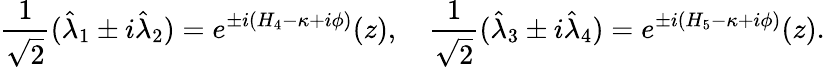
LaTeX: {\frac{1}{\sqrt{2}}}(\hat{\lambda}_{1}\pm i\hat{\lambda}_{2})=e^{\pm i(H_{4}-\kappa+i\phi)}(z),\quad{\frac{1}{\sqrt{2}}}(\hat{\lambda}_{3}\pm i\hat{\lambda}_{4})=e^{\pm i(H_{5}-\kappa+i\phi)}(z).